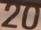
20